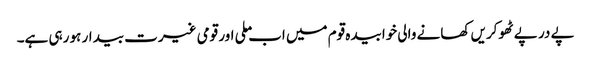
پے در پے ٹھوکریں کھانے والی خوابیدہ قوم میں اب ملی اور قومی غیرت بیدار ہو رہی ہے۔